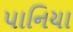
પાનિયા